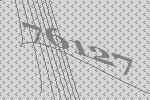
76127